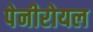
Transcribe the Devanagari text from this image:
पेनीरोयल